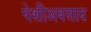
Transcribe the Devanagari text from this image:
पेशीअवसाद